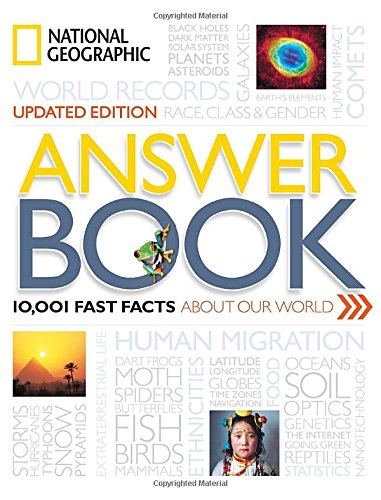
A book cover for National Geographic Answer Book, Updated Edition: 10,001 Fast Facts About Our World; National Geographic; Politics & Social Sciences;